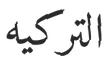
التركیە